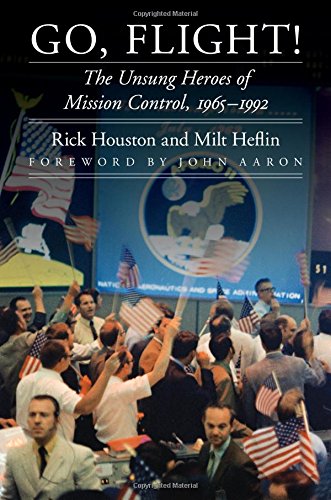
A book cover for Go, Flight!: The Unsung Heroes of Mission Control, 1965EE1992 (Outward Odyssey: A People's History of S); Rick Houston; Engineering & Transportation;